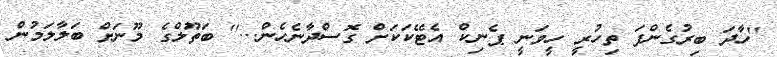
''ހާދަ ބިރުގެންފަ ތިހުރީ ހީވަނީ ޕެނިކް އެޓޭކަކަށް ގޮސްދާނެހެން...'' ބަތޫލްގެ މޫނަށް ބަލާލަމުން